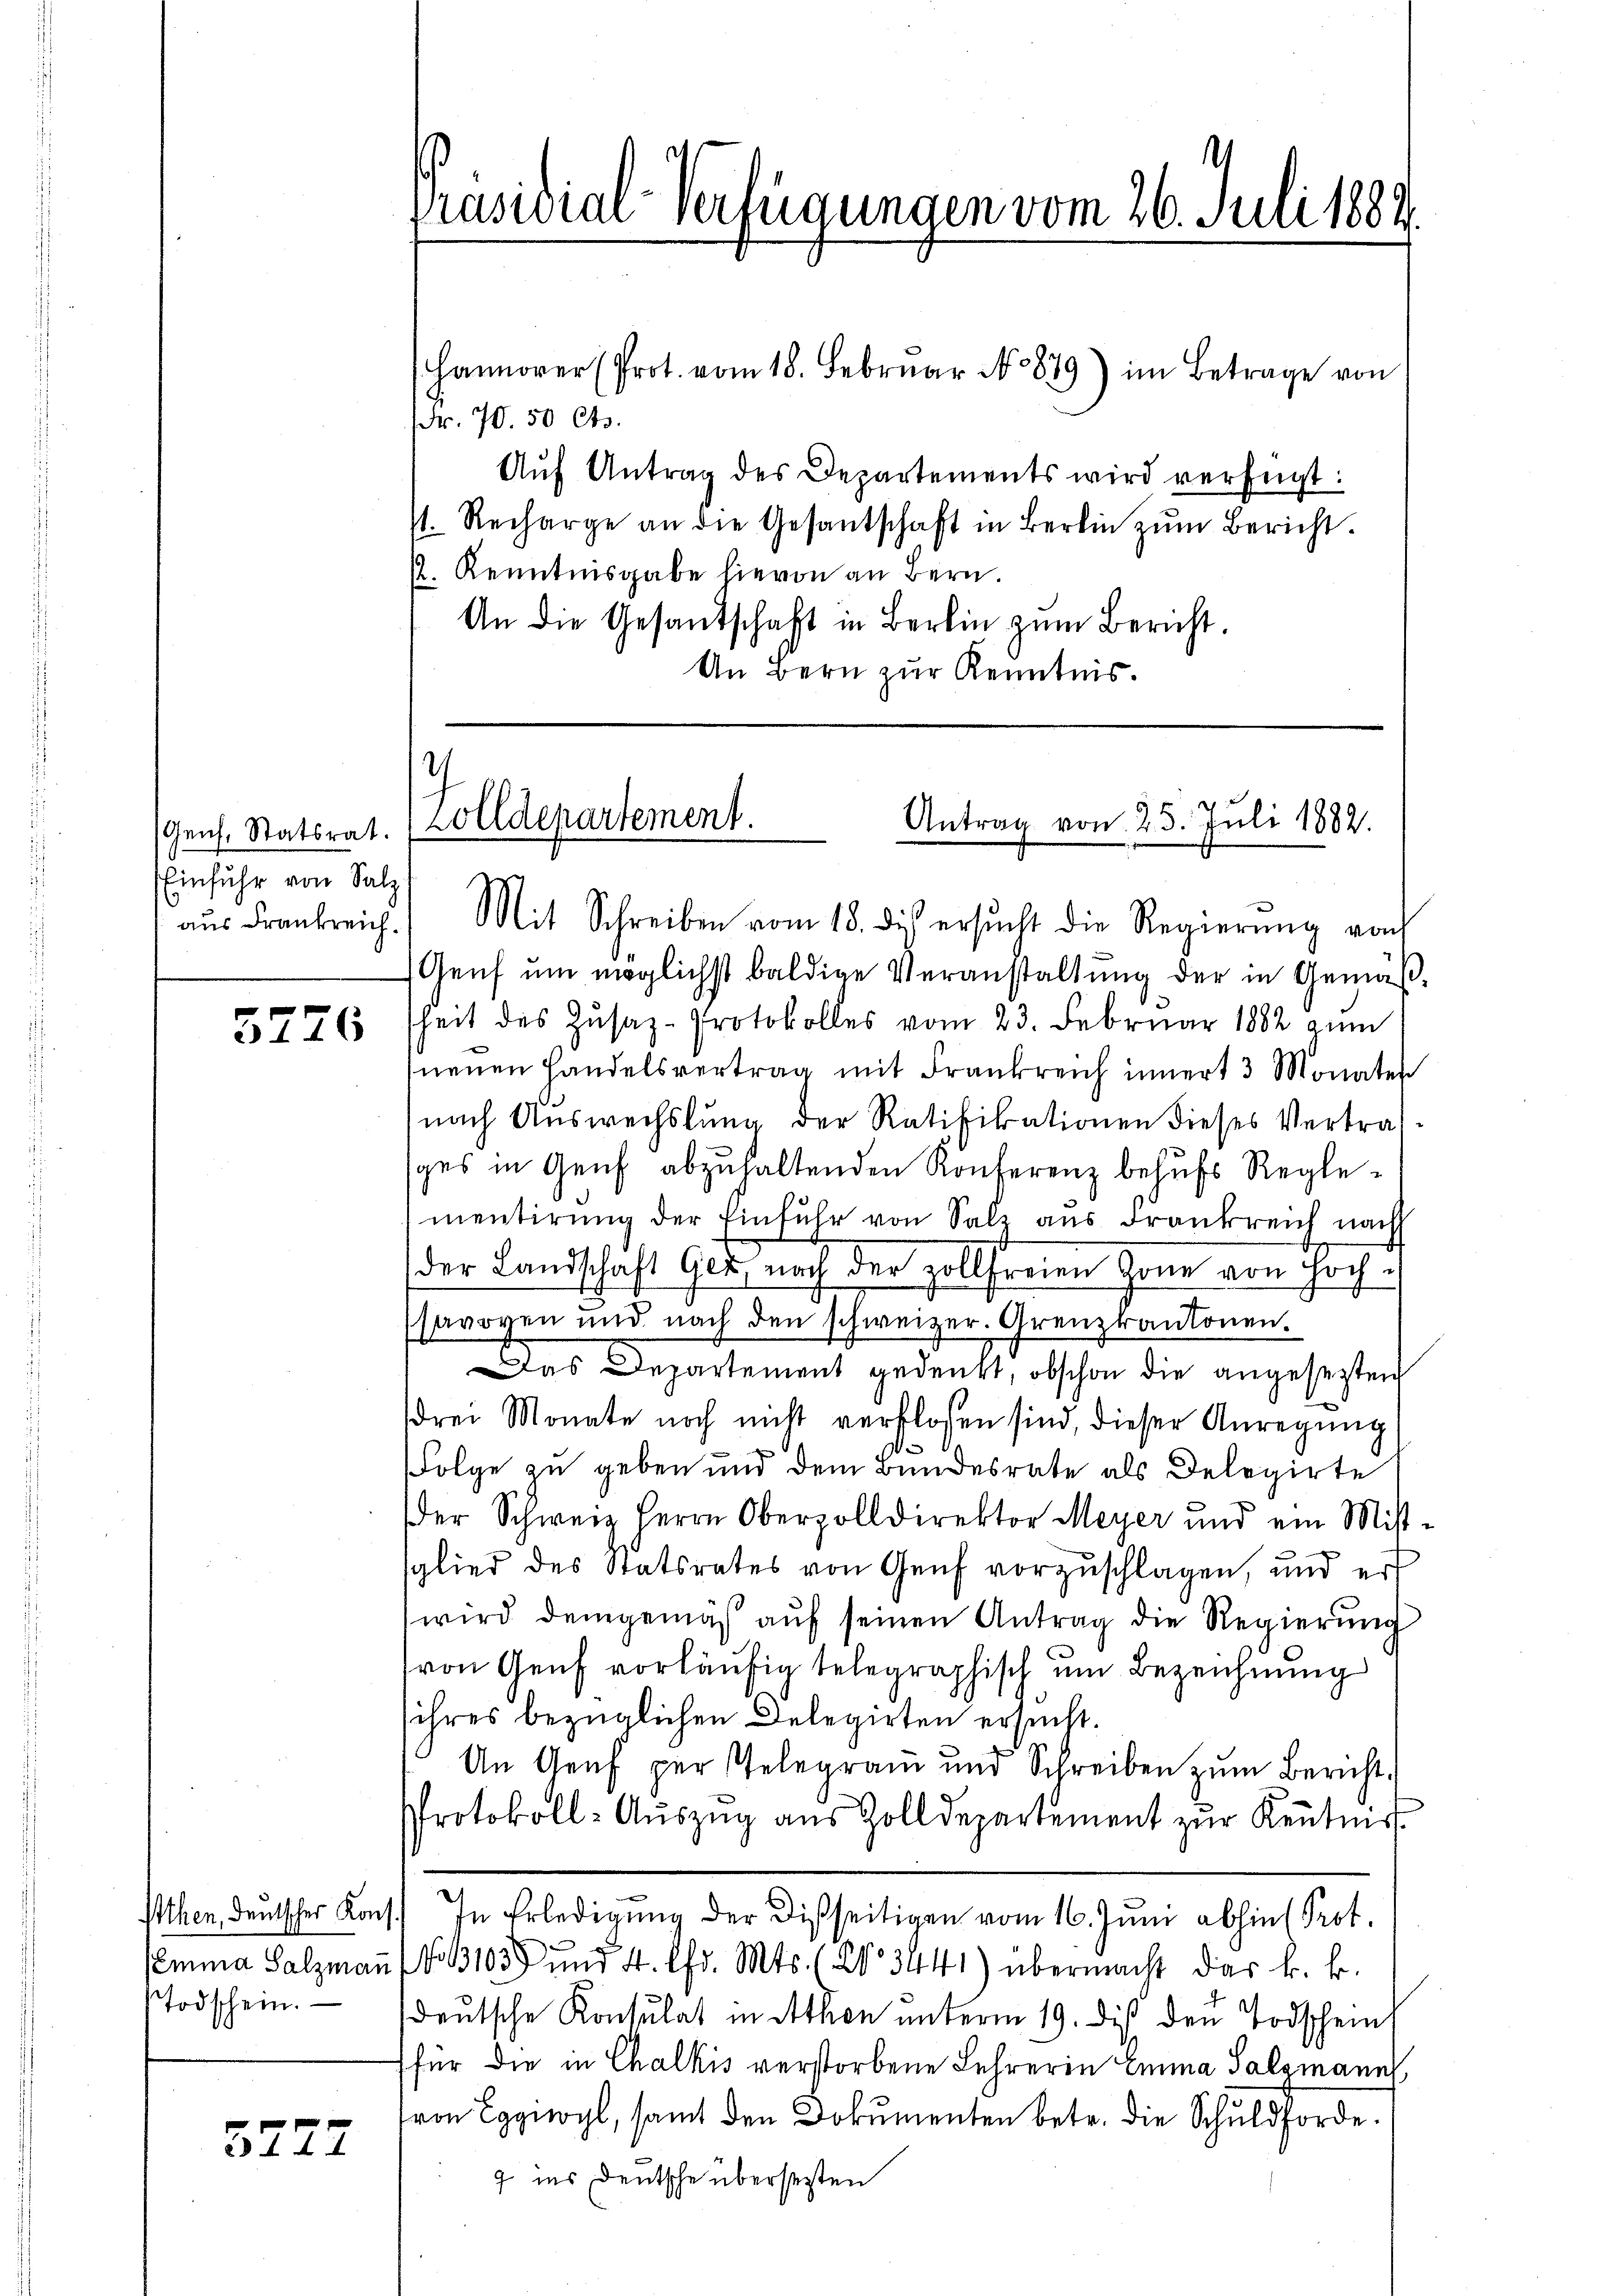
Genf. Statsrat.
Einfuhr von Salz

3776

Todschein.

3272

Präsidial-Verfügungen vom 26. Juli 1889.

Hannover (Prot. vom 18. Febrŭar No 879) im Betrage von
Fr. 70. 50 Cts.
Aŭf Antrag des Departements wird verfügt:
s. Recharge an die Gesantschaft in Berlin zŭm Bericht.
. Kenntnisgabe hievon an Bern.
An die Gesandschaft in Bern zum Bericht.
An Bern zur Kenntnis.

7
Zolldepartement.
Antrag von 25. Juli 1882.

aŭs Frankreich.) Mit Schreiben vom 18. des ersŭcht die Regierŭng von
Genf um möglichst baldige Veranstaltung der in Gemäßheit des Zŭsaz-Protokolles vom 23. Februar 1882 zŭm
neuen Handelsvertrag mit Frankreich innert 3 Monaten
nach Auswechslung der Ratifikationen dieses Vertrag-
ges in Genf abzŭhaltenden Konferenz behŭfs Reglementirŭng der Einfŭhr von Salz aus Frankreich nach
der Landschaft Ger nach der zollfreien Zone von Hoch-
savoyen und nach den schweizer. Grenzkantonen¬
Das Departement gedenkt, obschon die angesetzten
drei Monate noch nicht verflossen sind, dieser Anregung
.

Folge zu geben und dem Bundesrate als Delegirte
der Schweiz Herrn Oberzolldirektor Meyer und ein Mis-
sglied des Statsrates von Genf vorzuschlagen, und er
wird demgemäß auf seinen Antrag die Regierung
von Genf vorläufig telegraphisch um Bezeichnung
sihres bezüglichen Delegirten ersucht.
An Genf per Telegram und Schreiben zum Bericht.
Protokoll-Aŭszŭg aŭs Zolldepartement zŭr Kenntniss
Ithen, deutscher Kons. In Erledigung der Disseitigen vom 16. Juni abhin Prot.
Vemma Salzmann (No 103 und 4. Chr. Mts. (§ 3441) übermacht das k. k.
sdeutsche Konsulat in Athen unterm 19. dis den Todschein
für die in Chalkis verstorbene Lehrerin Emma Salzmann
von Eggiwyl, samt den Dokumenten betr. die Schuldforde.
9 ins Deutsche überseiten